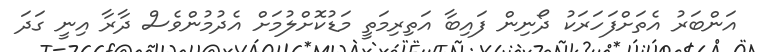
އަންބަރު އެތަށްފަހަރަކު ދޯނިން ފައިބާ އަތިރިމަތީ މަޑުކޮށްލުމަށް އެދުމުންވެސް ދާރާ އިނީ ގަދަ